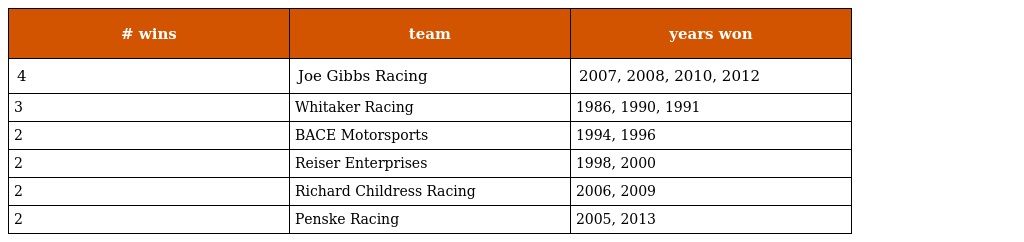
| # wins | team | years won |
 | --- | --- | --- |
 | 4 | Joe Gibbs Racing | 2007, 2008, 2010, 2012 |
 | 3 | Whitaker Racing | 1986, 1990, 1991 |
 | 2 | BACE Motorsports | 1994, 1996 |
 | 2 | Reiser Enterprises | 1998, 2000 |
 | 2 | Richard Childress Racing | 2006, 2009 |
 | 2 | Penske Racing | 2005, 2013 |